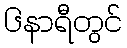
၆နာရီတွင်